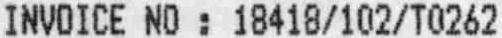
INVOICE NO : 18418/102/T0262